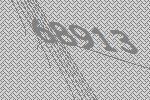
68913